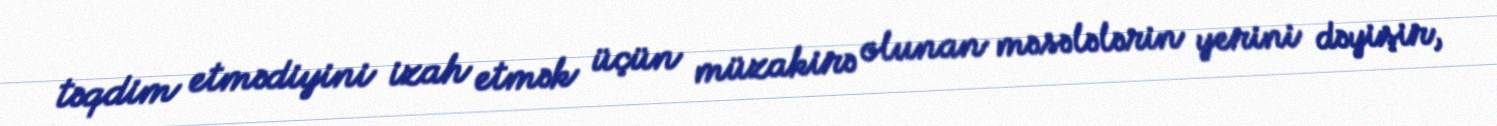
təqdim etmədiyini izah etmək üçün müzakirə olunan məsələlərin yerini dəyişir,